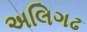
અલિગઢ